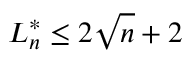
L _ { n } ^ { * } \leq 2 { \sqrt { n } } + 2